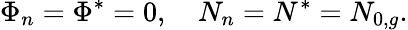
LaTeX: \Phi_{n}=\Phi^{*}=0,\ \ \ \ N_{n}=N^{*}=N_{0,g}.